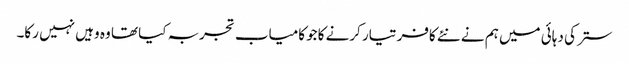
ستر کی دہائی میں ہم نے نئے کافر تیار کرنے کاجو کامیاب تجربہ کیا تھا وہ وہیں نہیں رکا۔